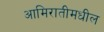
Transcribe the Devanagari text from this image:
आमिरातीमधील